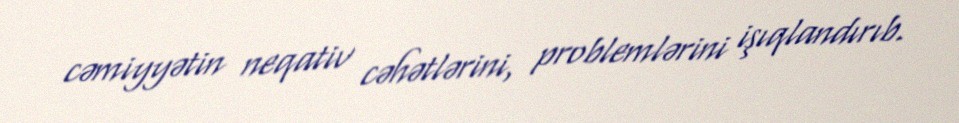
cəmiyyətin neqativ cəhətlərini, problemlərini işıqlandırıb.